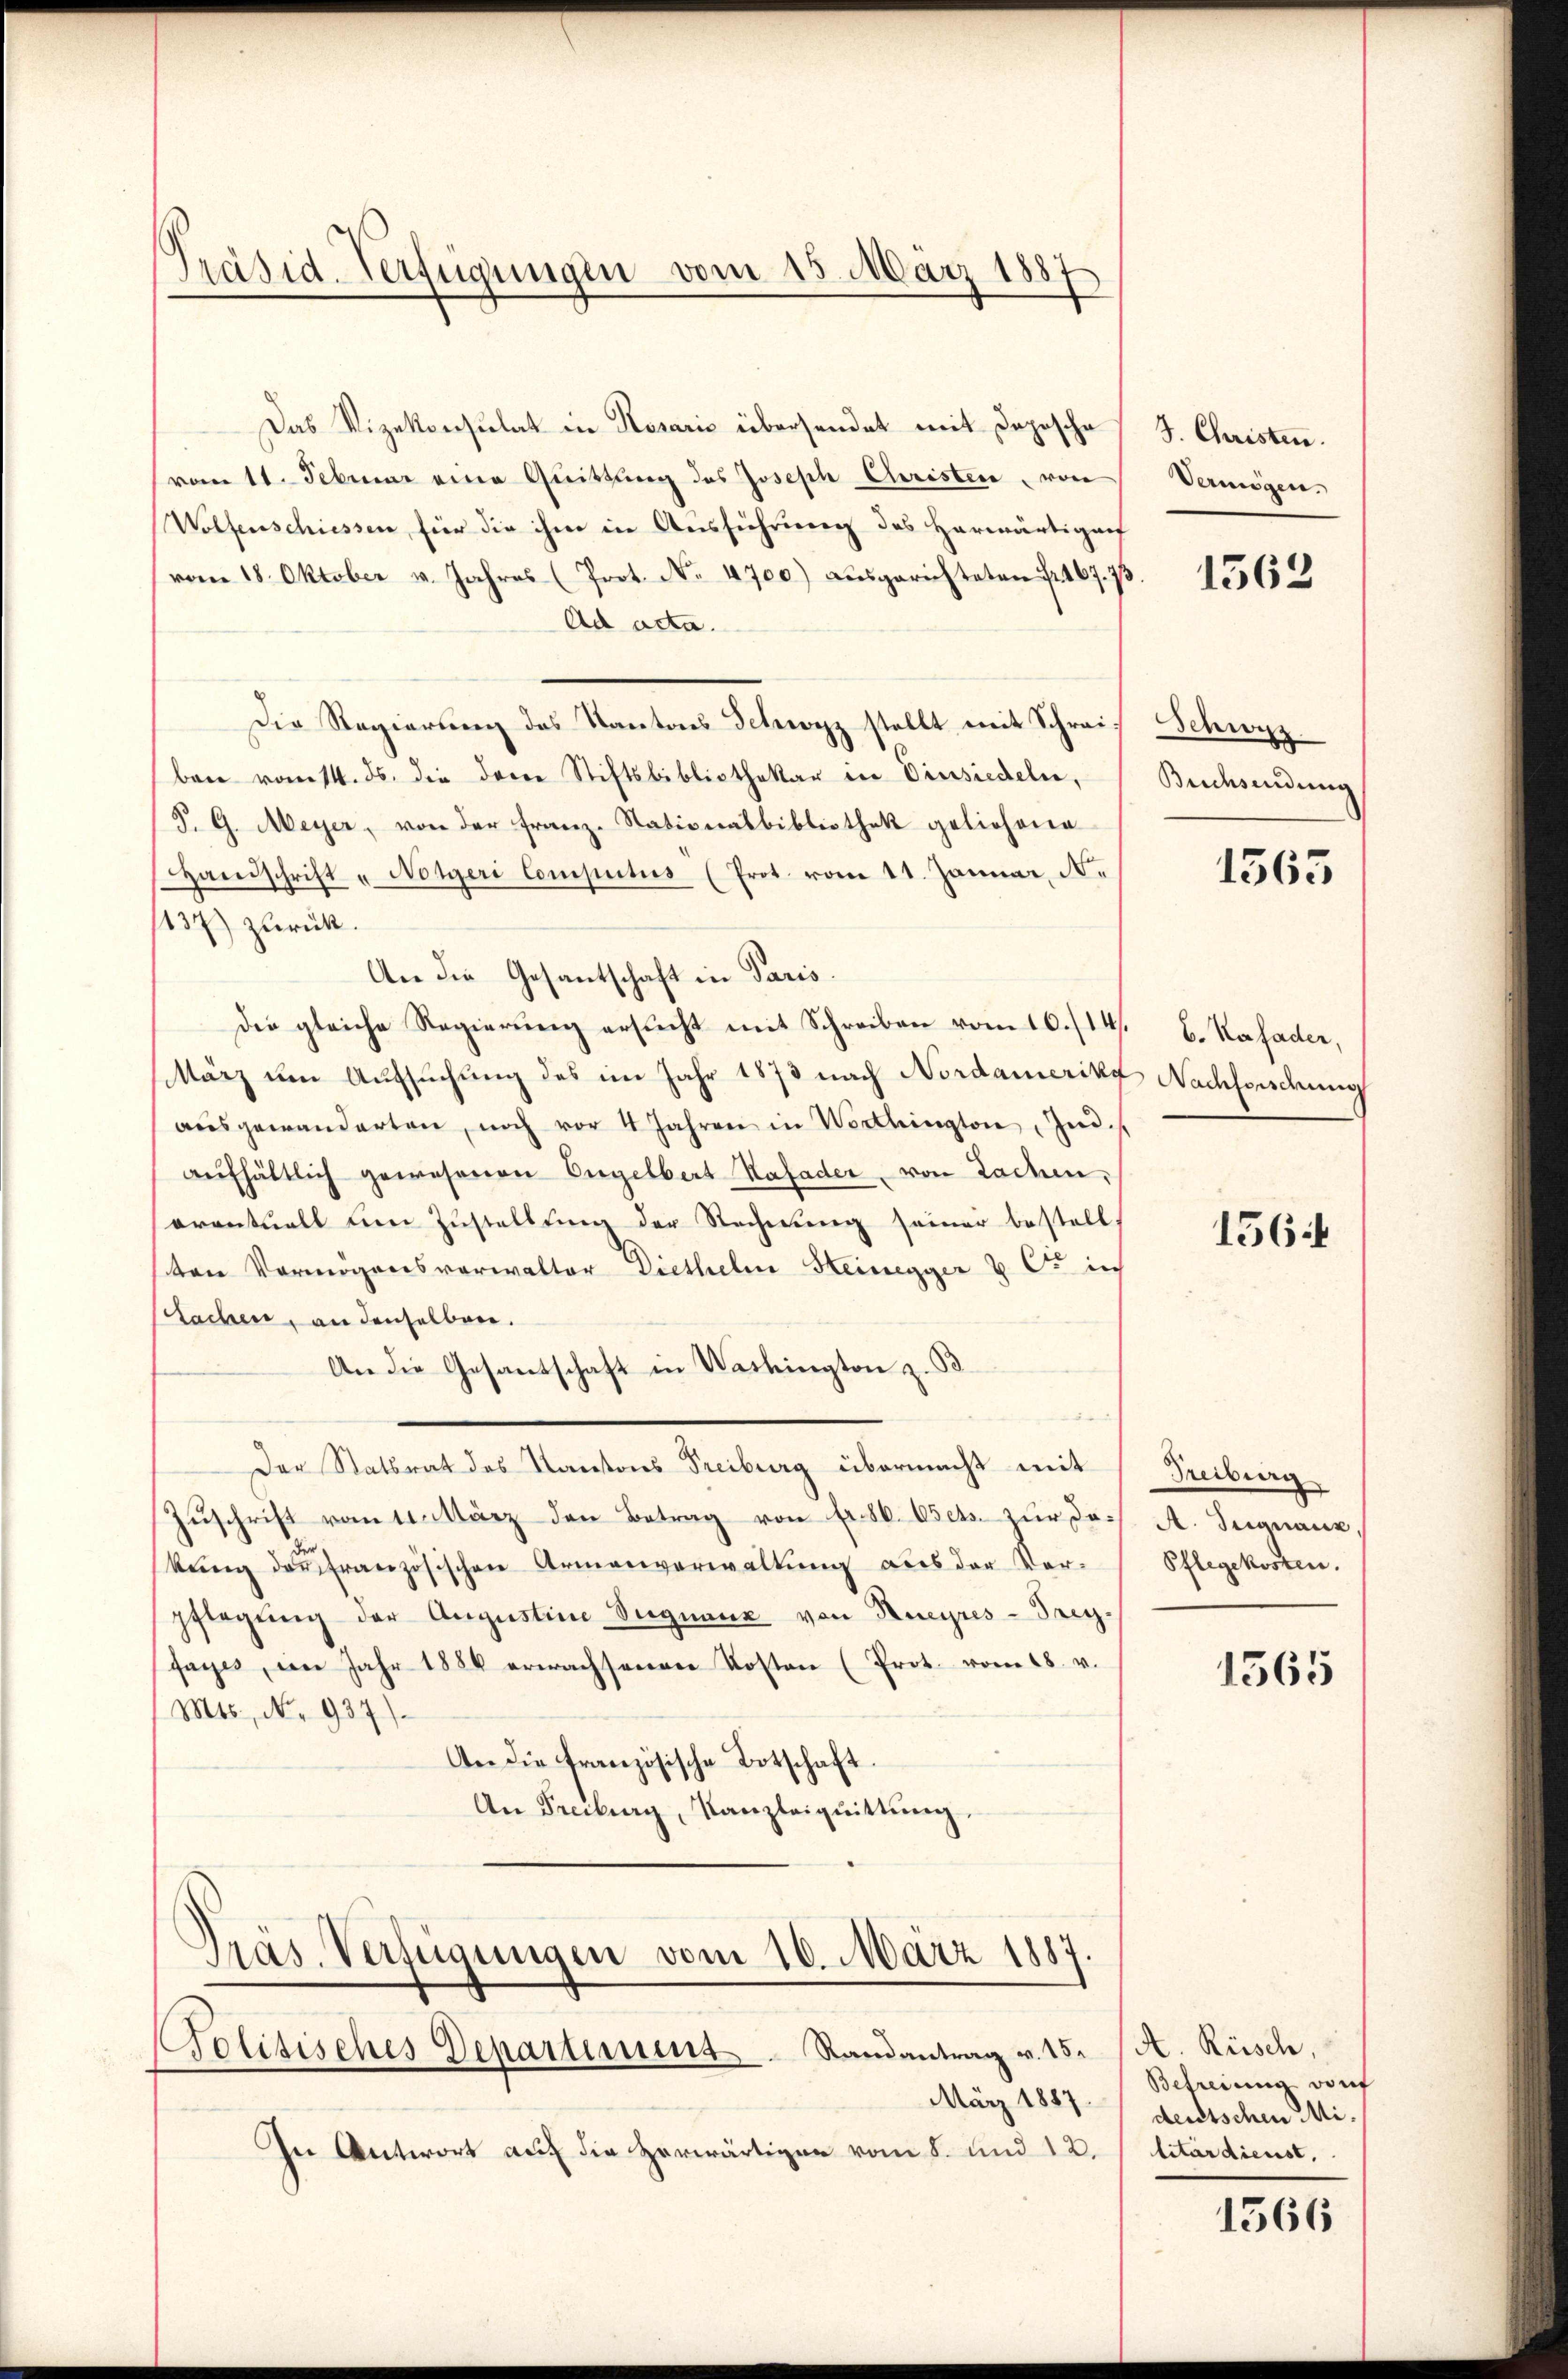
Präsid. Verfügungen vom 15. März 1887

Das Vizekonsulat in Rosaris übersendet mit Depesche
vom 11. Februar eine Quittung des Joseph Christen, von
Wolfenschiessen für die ihm in Ausführung des Herwärtigenf
vom 18. Oktober v. Jahres (Prot. No. 4700) ausgerichteten 167. 73.
Ad acta.
Die Regierung des Kantons Schwyz stellt mit Schreiben vom 14. ds. die derer Stiftsbibliothekar in Einsiedeln,
P. G. Meyer, von der Franz-Stationalbibliothek geliehene
Handschrift „Notgeri Computus (Prot. vom 11. Januar, N.
137) zurück.
An die Gesantschaft in Paris.
Die gleiche Regierung ersucht mit Schreiben vom 10./14.
März um Aufsuchung des im Jahr 1873 nach Nordamerika
aŭsgewanderten, noch vor 4 Jahren in Worthington, Ind
aŭfhältlich gewesenen Engelbert Hafader von Sachen,
oventuell um Zustellung der Rechnung seiner bestell
ten Vermögensverwalter Diethelm Heinegger & Co. in
sachen, an denselben.
An die Gesandschaft in Washington z. B.
Der Statsrat des Kantons Treiburg übermacht mit
Zŭschrift vom 11. März den Betrag von Fr. 86. Oct. zur Dokŭng der französischen Armenverwaltung aus der Vorpflegŭng der Augustine Segnaue von Rueyres-Trey-
sages, im Jahr 1884 erwachsenen Kosten (Prot. vom 18. v.
(Mts., No. 937)
An die französische Botschaft.
An Freiburg, Kanzleiquittung.
Präs. Verfügungen vom 16. März 1887.
Politisches Departement   Randantrag v. 15. lit. Rüsch,
März 1887.
In Antwort auf die herwärtigen vom 8. und 12.

J. Christen.
Vermögen.

1562

Schwyz
Buchsendung

1565

b. Kafader,
Nachforschung

156.

Treiburg
A. Signaux,
Pflegekosten.

1565

Befreiung vonf
deutschen Mi
litärdienst.

1566